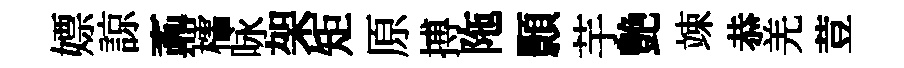
嫖諒鼒櫺咏架矩原搏陁顥芋艶竦恭羌荳